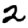
Digit: 2